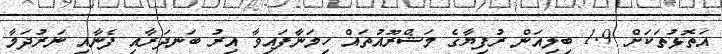
އަތޮޅުތަކަށް 1.9 ބިލިއަން ރުފިޔާގެ މަޝްރޫއުތައް ހިމަނާފައިވާ އިރު ބަނދަރާއި ފެނާއި ނަރުދަމާ